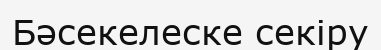
Бәсекелеске секіру